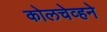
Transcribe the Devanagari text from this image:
कोलचेव्हने